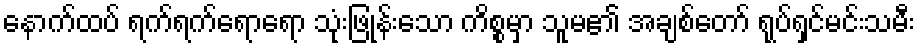
နောက်ထပ် ရက်ရက်ရောရော သုံးဖြုန်းသော ကိစ္စမှာ သူမ၏ အချစ်တော် ရုပ်ရှင်မင်းသမီး